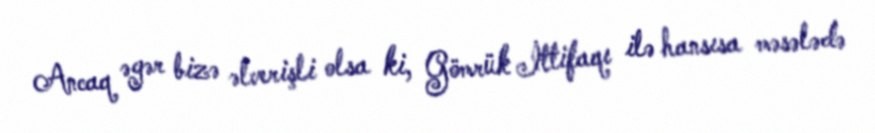
Ancaq əgər bizə əlverişli olsa ki, Gömrük İttifaqı ilə hansısa məsələdə